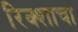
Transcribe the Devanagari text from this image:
रिक्शाचा